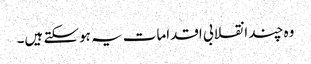
وہ چند انقلابی اقدامات یہ ہوسکتے ہیں۔